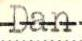
Dan